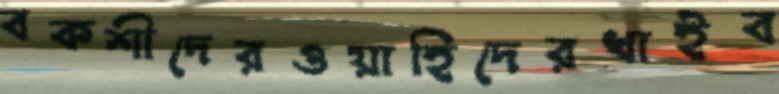
বকশীদেরওয়াহিদেরখাইব